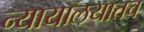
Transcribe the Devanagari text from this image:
न्यायालयातच